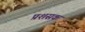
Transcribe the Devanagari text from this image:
प्रशसक